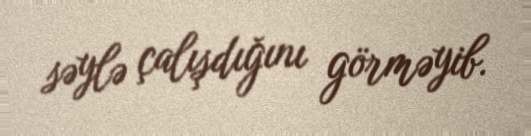
səylə çalışdığını görməyib.